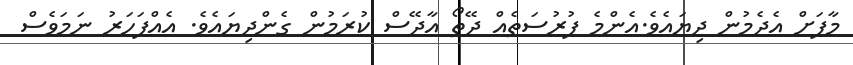
މާފަށް އެދެމުން ދިޔައެވެ.އެންމެ ފުރުސަތެއް ދޭތޯ އާދޭސް ކުރަމުން ގެންދިޔައެވެ. އެއްފަހަރު ނަމަވެސް